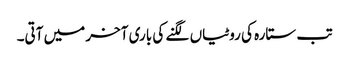
تب ستارہ کی روٹیاں لگنے کی باری آخر میں آتی۔